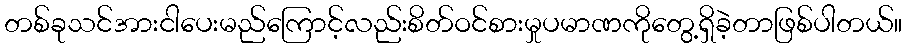
တစ်ခုသင်အားငါပေးမည်ကြောင့်လည်းစိတ်ဝင်စားမှုပမာဏကိုတွေ့ရှိခဲ့တာဖြစ်ပါတယ်။